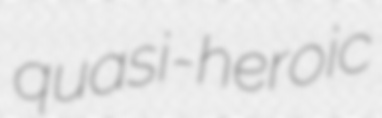
quasi-heroic